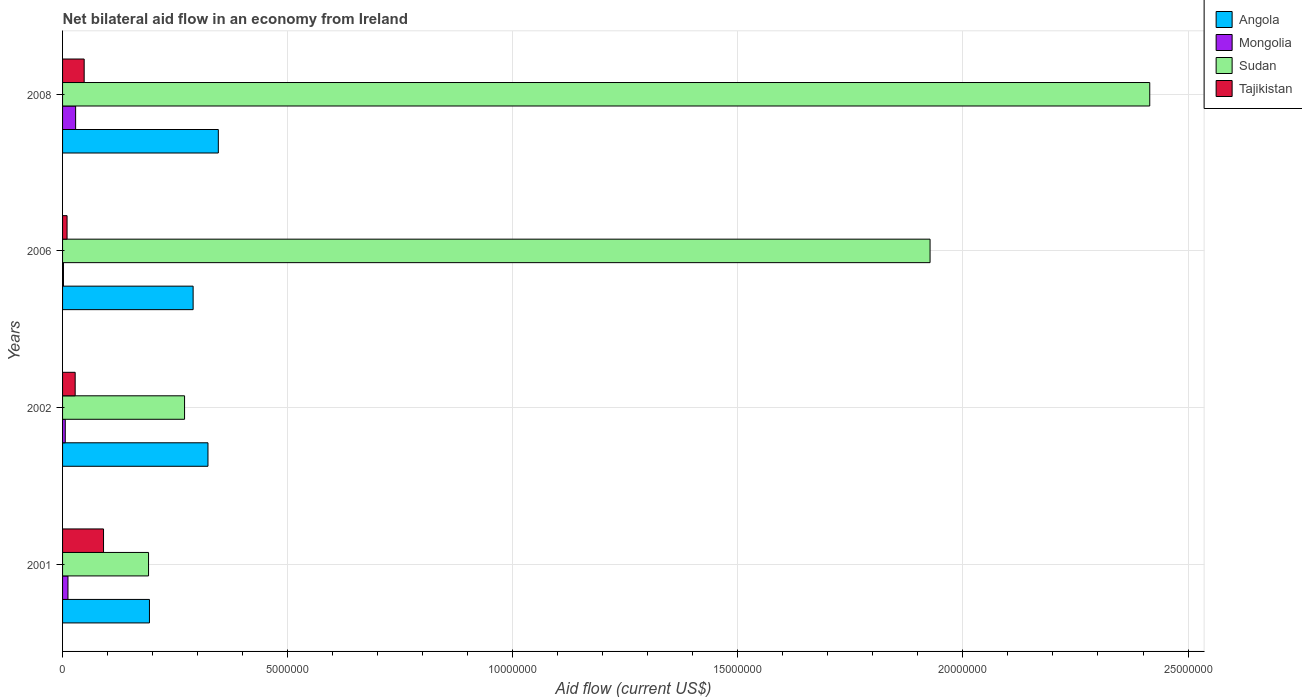
| Years | Angola | Mongolia | Sudan | Tajikistan |
 | --- | --- | --- | --- | --- |
 | 2001 | 1.93e+06 | 1.2e+05 | 1.91e+06 | 9.1e+05 |
 | 2002 | 3.23e+06 | 6e+04 | 2.71e+06 | 2.8e+05 |
 | 2006 | 2.9e+06 | 2e+04 | 1.93e+07 | 1e+05 |
 | 2008 | 3.46e+06 | 2.9e+05 | 2.42e+07 | 4.8e+05 |